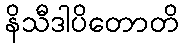
နိသီဒါပိတောတိ